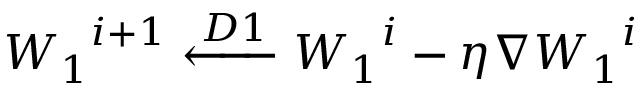
\boldsymbol { W _ { 1 } } ^ { i + 1 } \xleftarrow { D 1 } \boldsymbol { W _ { 1 } } ^ { i } - \eta \nabla \boldsymbol { W _ { 1 } } ^ { i }